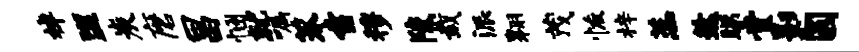
棹盥炭磨昌悃就嘱莽索穆陵栽派翱茂恢梓蕊然睇堂影圆